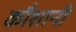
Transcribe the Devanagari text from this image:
कौशानी